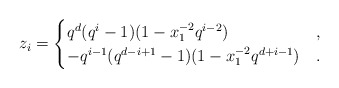
\begin{align*} z_i = \begin{cases} q^d (q^i-1) (1 - x_1^{-2} q^{i-2}) & , \\ - q^{i-1} (q^{d-i+1}-1)(1 - x_1^{-2} q^{d+i-1}) & . \end{cases}\end{align*}